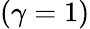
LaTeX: (\gamma=1)